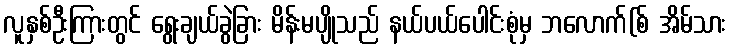
လူနှစ်ဦးကြားတွင် ရွေးချယ်ခွဲခြား မိန်းမပျိုသည် နယ်ပယ်ပေါင်းစုံမှ ဘလောက်(စ် အိမ်သား